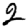
Digit: 2